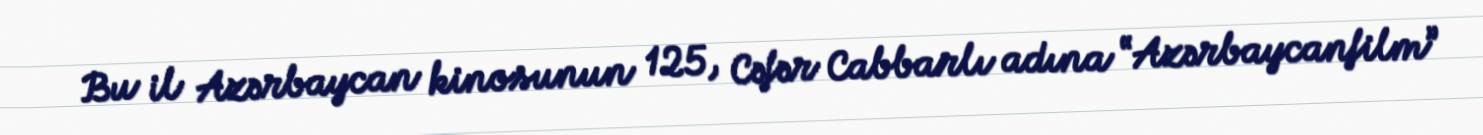
Bu il Azərbaycan kinosunun 125, Cəfər Cabbarlı adına “Azərbaycanfilm”